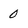
Character: 0